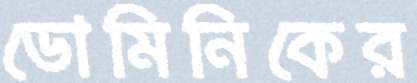
ডোমিনিকের